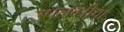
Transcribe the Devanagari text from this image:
उपलब्धीचा